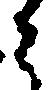
ニ